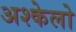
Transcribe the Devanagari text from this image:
अश्केलो